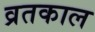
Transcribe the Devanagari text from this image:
व्रतकाल